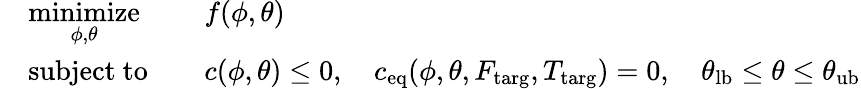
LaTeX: \begin{array}{rlrl}&{\underset{\phi,\theta}{\mathrm{minimize}}}&&{f(\phi,\theta)}\\ &{\mathrm{subject~to}}&&{c(\phi,\theta)\le 0,\quad c_{\mathrm{eq}}(\phi,\theta,F_{\mathrm{targ}},T_{\mathrm{targ}})=0,\quad\theta_{\mathrm{lb}}\le\theta\le\theta_{\mathrm{ub}}}\end{array}